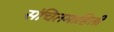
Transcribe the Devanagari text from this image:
संचितमाहिती